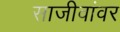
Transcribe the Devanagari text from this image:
साजीवांवर